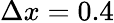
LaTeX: \Delta x=0.4